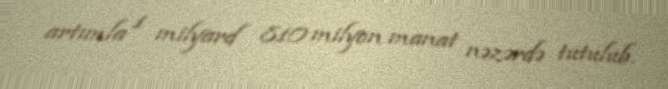
artımla 1 milyard 810 milyon manat nəzərdə tutulub.